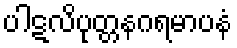
ပါဋလိပုတ္တနဂရမာပနံ